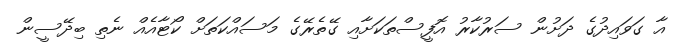
އާ ގަވައިދުގެ ދަށުން ސަރުކާރު އޮފީސްތަކަށާއި ގޭތެރޭގެ މަސައްކަތަށް ކޯޓާއެއް ނެތި ބިދޭސީން